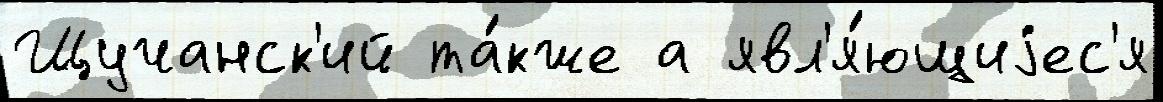
Щучанск'ий та́кже а явл'я́ющиjес'я